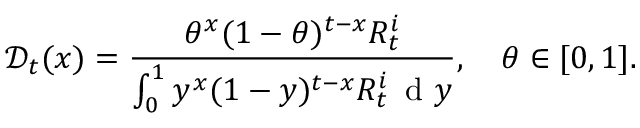
\mathcal { D } _ { t } ( x ) = \frac { \theta ^ { x } ( 1 - \theta ) ^ { t - x } R _ { t } ^ { i } } { \int _ { 0 } ^ { 1 } y ^ { x } ( 1 - y ) ^ { t - x } R _ { t } ^ { i } \, \mathrm { ~ d ~ } y } , \quad \theta \in [ 0 , 1 ] .